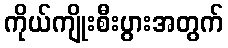
ကိုယ်ကျိုးစီးပွားအတွက်